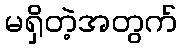
မရှိတဲ့အတွက်